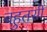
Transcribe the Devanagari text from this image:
बहुतसी